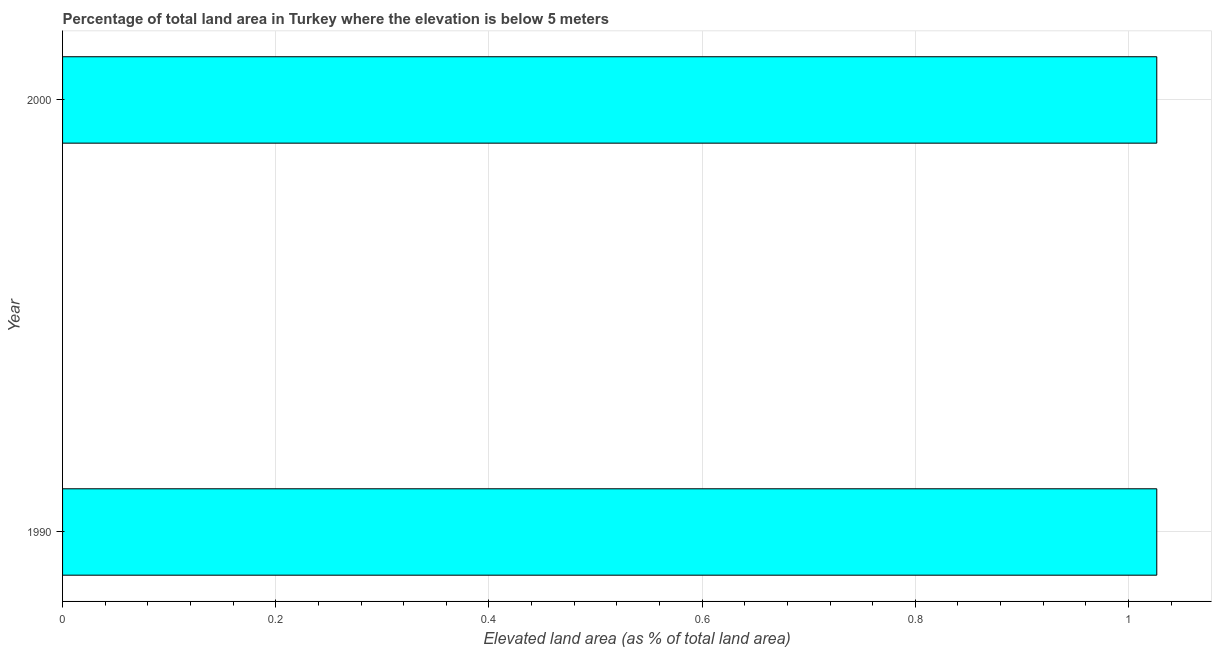
| Year | Land area |
 | --- | --- |
 | 1990 | 1.03 |
 | 2000 | 1.03 |